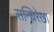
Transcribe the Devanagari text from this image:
सन्धिरेखा